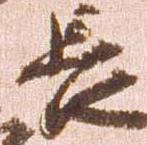
長